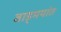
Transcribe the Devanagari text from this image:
वाड्मयांत